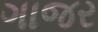
ગાજર